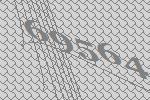
69564